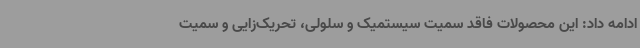
ادامه داد: این محصولات فاقد سمیت سیستمیک و سلولی، تحریک‌زایی و سمیت